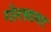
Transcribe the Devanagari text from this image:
गोरखावर